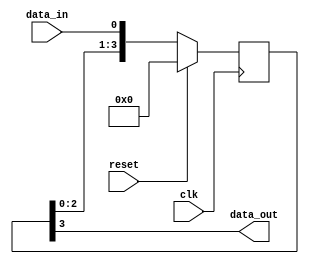
module four_flop_synchronizer (
    input wire clk,
    input wire reset,
    input wire data_in,
    output reg data_out
);

reg [3:0] internal_data;

always @(posedge clk) begin
    if (reset) begin
        internal_data <= 4'b0000;
    end else begin
        internal_data <= {internal_data[2:0], data_in};
    end
end

assign data_out = internal_data[3];

endmodule